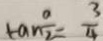
\tan \frac { a } { 2 } = \frac { 3 } { 4 }